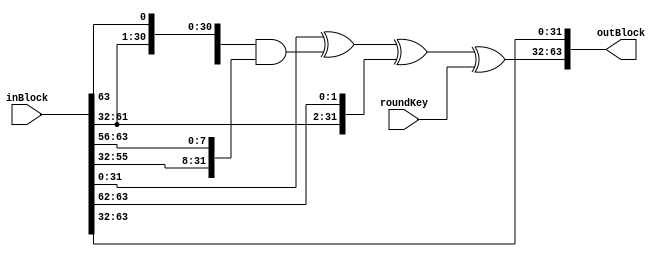
`timescale 1ns / 1ps

module encryptRound #(parameter n = 32)(       
    // Parametrized n-bit word size (Note that n = 16, 24, 32, 48, or 64 ONLY)
    input [2*n-1:0] inBlock,         // Input 2n-bit block
    input [n-1:0] roundKey,          // Input n-bit roundKey (from keySchedule)

    output [2*n-1:0] outBlock        // Output 2n-bit block
    );

    // Split inBlock into n-bit words
    wire [n-1:0] wordX = inBlock[2*n-1:n];      // Most-significant n-bits P/Ct[1]
    wire [n-1:0] wordY = inBlock[n-1:0];        // Least-significant n-bits P/Ct[0]
    
    
    // Execute round operations
    reg [n-1:0] newX, newY, temp;               // To hold during and output after the round
    always @ * begin
        temp = wordX;
        newX = wordY ^
                ({ wordX[n-2:0], wordX[n-1] } & { wordX[n-9:0], wordX[n-1:n-8] }) ^
                {wordX[n-3:0], wordX[n-1:n-2]} ^
                roundKey;
        newY = temp;
    end
    
    
    assign outBlock = {newX, newY};

endmodule